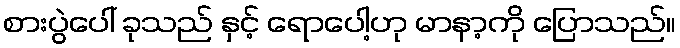
စားပွဲပေါ် ခုသည် နှင့် ရောပေါ့ဟု မာနာ့ကို ပြောသည်။